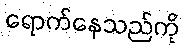
ရောက်နေသည်ကို